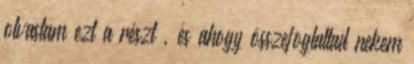
olvastam ezt a részt , és ahogy összefoglaltad nekem